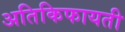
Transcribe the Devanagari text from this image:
अतिकिफायती